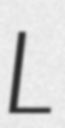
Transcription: L